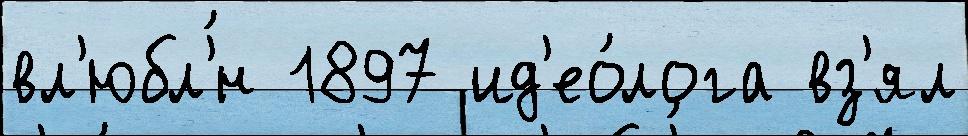
вл'юбл'́н 1897 ид'ео́лога вз'ял